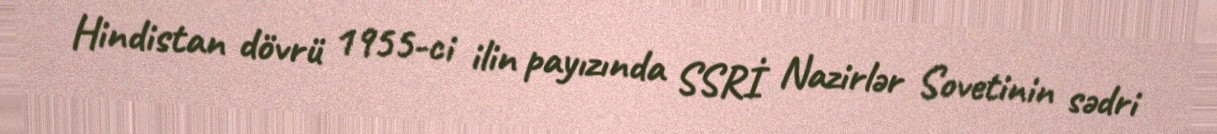
Hindistan dövrü 1955-ci ilin payızında SSRİ Nazirlər Sovetinin sədri